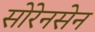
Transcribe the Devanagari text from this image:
सोरेनसेन